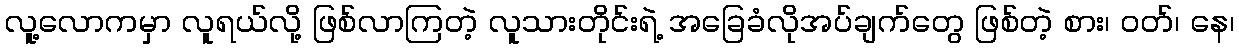
လူ့လောကမှာ လူရယ်လို့ ဖြစ်လာကြတဲ့ လူသားတိုင်းရဲ့ အခြေခံလိုအပ်ချက်တွေ ဖြစ်တဲ့ စား၊ ဝတ်၊ နေ၊